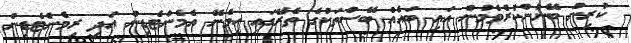
ކުރިން ބޭނުންކުރެވެމުން އައި ބައެއް ބޭސްތަކުގެ ތެރޭގައި ހިމެނޭ އެމެންޓެޑިން އަދި ރިމެންޓެޑިން